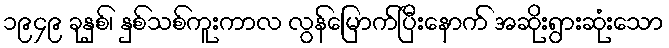
၁၉၄၉ ခုနှစ်၊ နှစ်သစ်ကူးကာလ လွန်မြောက်ပြီးနောက် အဆိုးရွားဆုံးသော